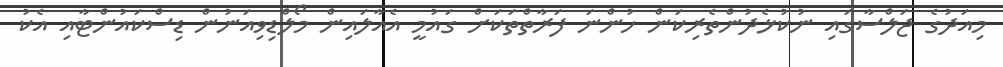
މިއަދުގެ ޖަލްސާގައި ނުކުޅެދުންތެރިކަން ހުންނަ ފަރާތްތަކަށް ގައުމީ އެއާލައިން މޯލްޑިވިއަނުން ޑިސްކައުންޓާއި އެކު